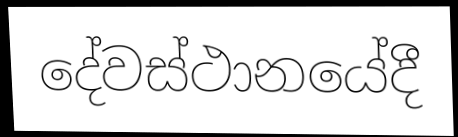
දේවස්ථානයේදී